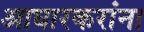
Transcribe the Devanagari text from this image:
आघारकरांना